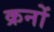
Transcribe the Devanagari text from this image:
क्रनों